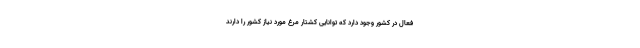
فعال در کشور وجود دارد که توانایی کشتار مرغ مورد نیاز کشور را دارند